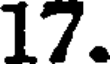
17.